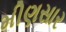
મીણસાર